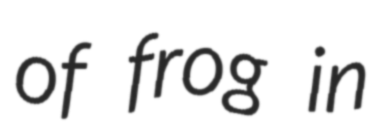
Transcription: of frog in